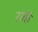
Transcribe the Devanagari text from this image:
राकॅ